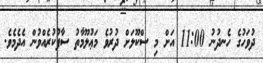
ދުވަހުގެ ހެނދުނު 11:00 އަށް މި ސްކޫލަށް ދުރުވެ މަޢުލޫމާތު ސާފުކުރެއްވުން އެދެމެވެ.